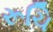
રૂચિ